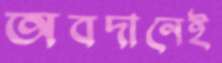
অবদানেই